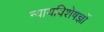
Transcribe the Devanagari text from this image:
न्यायविशेषज्ञों